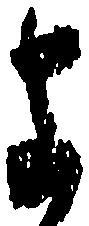
よ